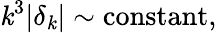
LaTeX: \mathit{k}^{3}\vert\delta_{\mathit{k}}\vert\sim\mathrm{{constant}},